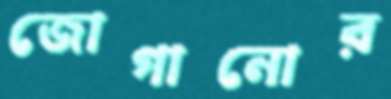
জোগানোর